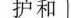
护和